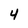
Character: 4